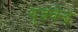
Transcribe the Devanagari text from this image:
युज़वेन्द्र